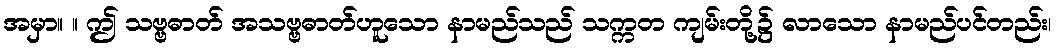
အမှာ။ ။ ဤ သဗ္ဗဓာတ် အသဗ္ဗဓာတ်ဟူသော နာမည်သည် သက္ကတ ကျမ်းတို့၌ လာသော နာမည်ပင်တည်း၊